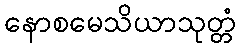
နောစမေသိယာသုတ္တံ